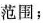
范围；